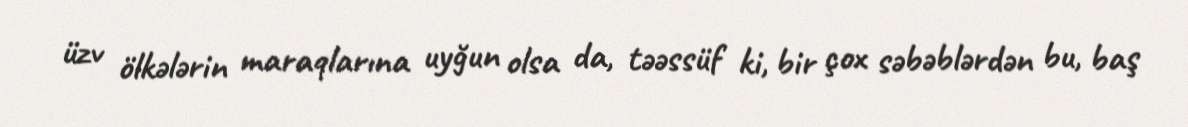
üzv ölkələrin maraqlarına uyğun olsa da, təəssüf ki, bir çox səbəblərdən bu, baş